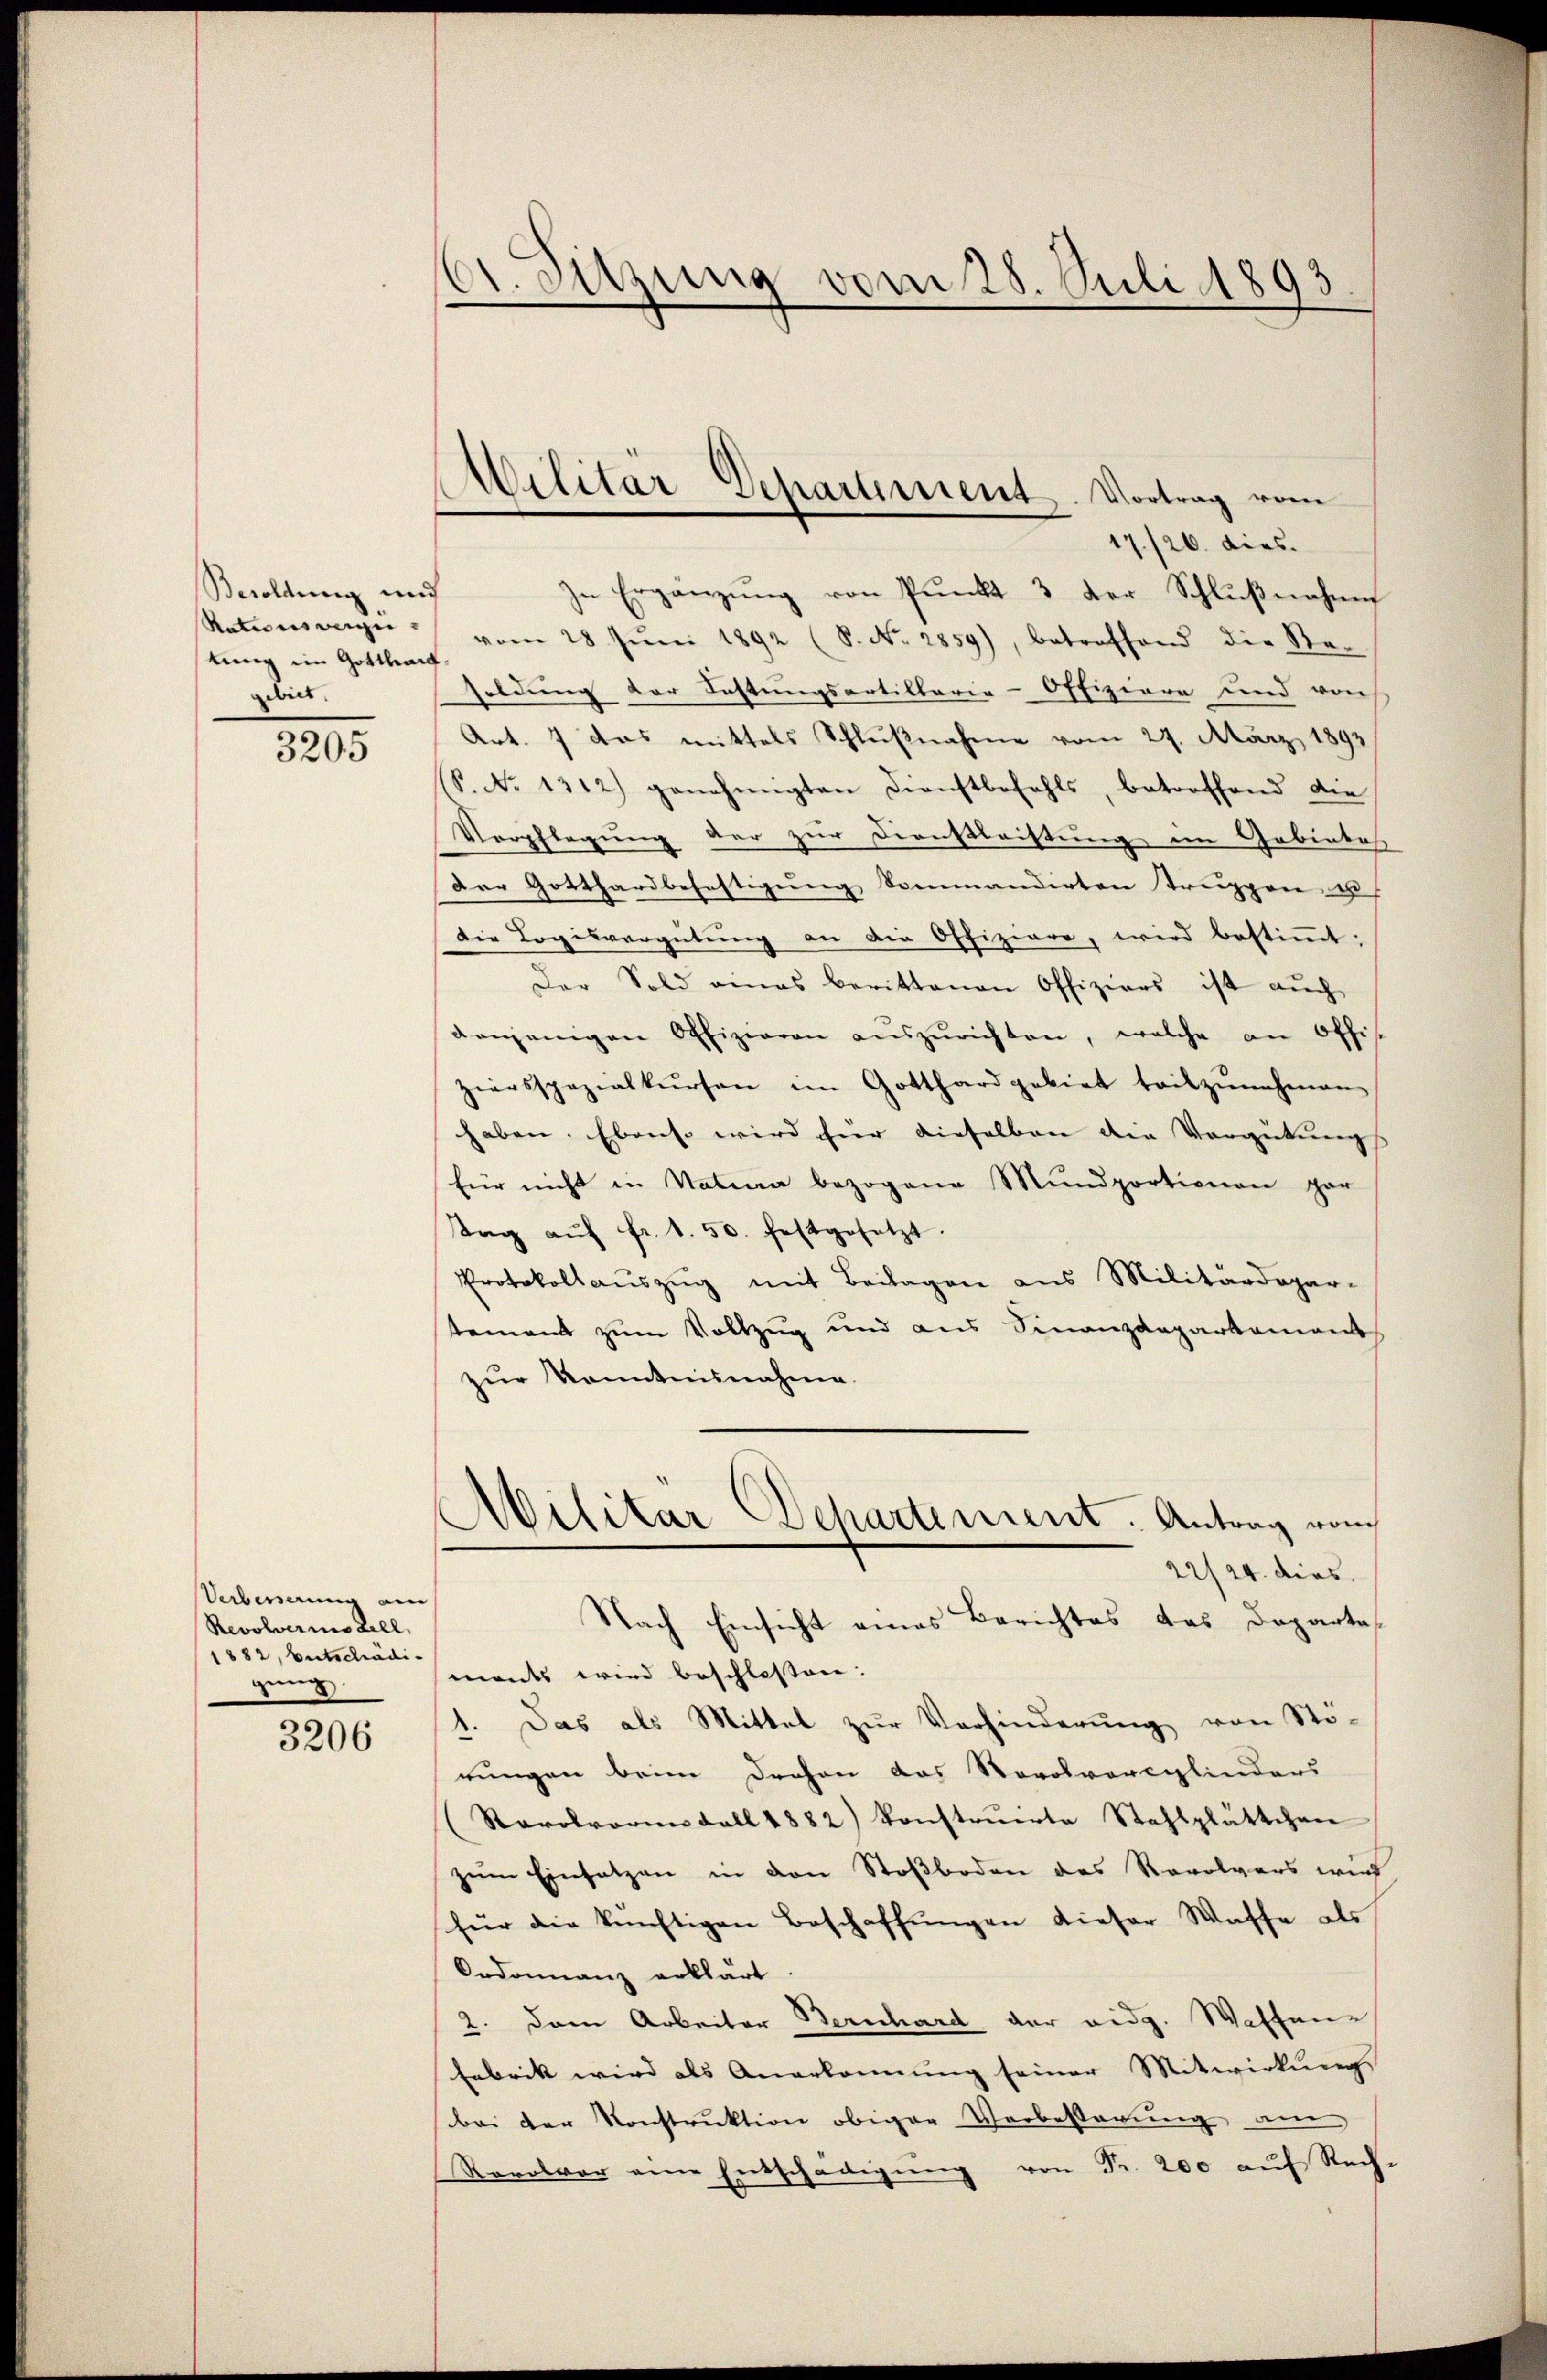
Besoldung und
Rationswegen.
tung im Gottharf
gebiet.

3205

Verbesserung am
Revolverins Zell
1882, Entschädigung

3206

Sitzung vom 28. Juli 1893
.

Ailitär-Departement. Vortrag vom

17./26. dies.
In Ergänzŭng von Pŭnkt 3 der Schlŭβnahme
vom 28. Jŭni 1892 (S. No. 2859), betreffend die Re-
soldung der Festungsartillarie-Offiziere und von
Art. 7 das mittels Schlußnahme vom 27. März 1893
S. No 1312) genehmigten Dienstbefehls, betreffend die
Verpflegung der zur Dienstleistung im Gebietes
Der Gotthardbefestigung kommandirten Truppen u
Die Logisvergütung an die Offiziere, wird bestimmt:
Der Sold amas berittenen Offiziers ist aŭch
denjenigen Offizieren aŭszŭrichten, welche an Offis
ziersspezialkursen im Gotthard gebiet tritzŭnehmen
haben. Ebenso wird hier dieselben die Vergütung. |
für nicht in Nation bezogene Mŭndportionen gar
tag aŭf fr. 1. 50. festgesetzt.
Protokollauszug mit Beilagen aus Militärdepar-
tement zum Vollzug und aus Finanzdepartament
zur Kenntnisnahme
Militar Departement. Antrag vom
22/24. dies.
Nach Einsicht eines Berichtes das Departes
mants wird beschlossen:
1. Das als Mittel zur Verhinderung von Sto-
rungen beim Drohen das Norokvorcylinders
(Rarolorin Fall 1882) konstruerte Stahlplättchen
zum Einsetzen in den Stoßboden des Revolvers wurd
für die künftigen Beschaffungen dieser Waffe als
Ordonnanz erklärt
2. Dem Arbeiter Bernhard der eidg. Waffen¬
Fabrik wird als Anerkennung seiner Mitwirkung
bei der Konstruktion obiger Verbesserung am
Rovolver eine Entschädigŭng von Fr. 200 aŭf Rech-